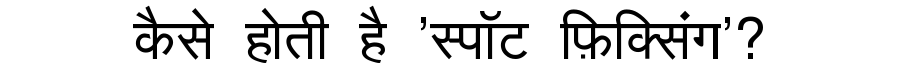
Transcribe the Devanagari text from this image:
कैसे होती है 'स्पॉट फ़िक्सिंग'?